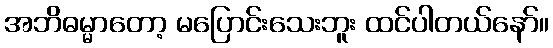
အဘိဓမ္မာတော့ မပြောင်းသေးဘူး ထင်ပါတယ်နော်။